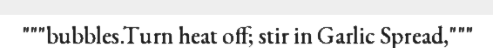
"""bubbles.Turn heat off; stir in Garlic Spread,"""